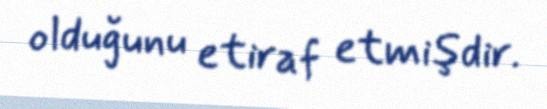
olduğunu etiraf etmişdir.